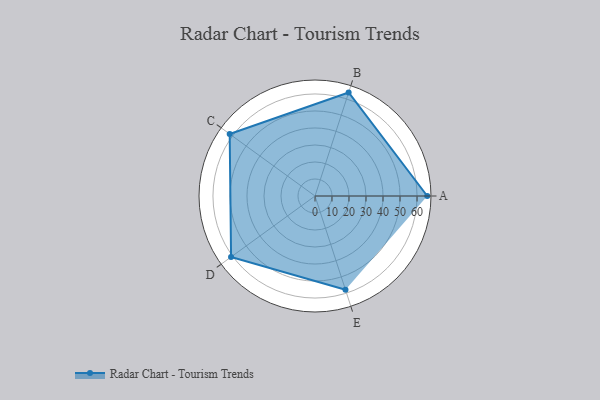
{"axis": {"x": "Skill", "y": "Score"}, "legend": ["Profile"], "data": [{"x": "A", "y": 66.0, "type": "Profile"}, {"x": "B", "y": 64.0, "type": "Profile"}, {"x": "C", "y": 62.0, "type": "Profile"}, {"x": "D", "y": 61.0, "type": "Profile"}, {"x": "E", "y": 58.0, "type": "Profile"}]}